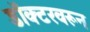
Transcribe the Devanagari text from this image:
डॉक्टरवरून